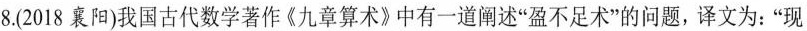
8.(2018襄阳)我国古代数学著作《九章算术》中有一道阐述”盈不足术”的问题，译文为：”现